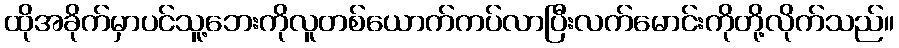
ထိုအခိုက်မှာပင်သူ့ဘေးကိုလူတစ်ယောက်ကပ်လာပြီးလက်မောင်းကိုတို့လိုက်သည်။